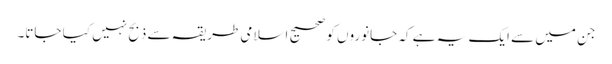
جن میں سے ایک یہ ہے کہ جانوروں کو صحیح اسلامی طریقہ سے ذبح نہیں کیا جاتا۔